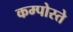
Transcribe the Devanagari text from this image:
कम्पोस्ते